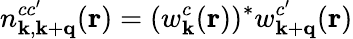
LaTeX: n_{\mathbf{k},\mathbf{k}+\mathbf{q}}^{cc^{\prime}}(\mathbf{r})=(w_{\mathbf{k}}^{c}(\mathbf{r}))^{*}w_{\mathbf{k}+\mathbf{q}}^{c^{\prime}}(\mathbf{r})